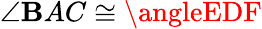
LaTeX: \angle\mathbf{B}AC\cong\angleEDF